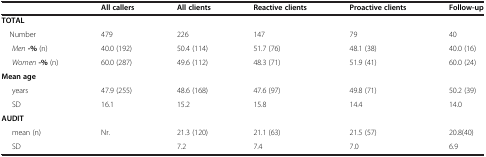
<table><thead><tr><td><b> </b></td><td><b>All callers</b></td><td><b>All clients</b></td><td><b>Reactive clients</b></td><td><b>Proactive clients</b></td><td><b>Follow-up</b></td></tr></thead><tbody><tr><td><b>TOTAL</b></td><td> </td><td> </td><td> </td><td> </td><td> </td></tr><tr><td> Number</td><td>479</td><td>226</td><td>147</td><td>79</td><td>40</td></tr><tr><td><i>Men</i><b>-%</b> (n)</td><td>40.0 (192)</td><td>50.4 (114)</td><td>51.7 (76)</td><td>48.1 (38)</td><td>40.0 (16)</td></tr><tr><td><i>Women</i><b>-%</b> (n)</td><td>60.0 (287)</td><td>49.6 (112)</td><td>48.3 (71)</td><td>51.9 (41)</td><td>60.0 (24)</td></tr><tr><td><b>Mean age</b></td><td> </td><td> </td><td> </td><td> </td><td> </td></tr><tr><td>years</td><td>47.9 (255)</td><td>48.6 (168)</td><td>47.6 (97)</td><td>49.8 (71)</td><td>50.2 (39)</td></tr><tr><td>SD</td><td>16.1</td><td>15.2</td><td>15.8</td><td>14.4</td><td>14.0</td></tr><tr><td><b>AUDIT</b></td><td> </td><td> </td><td> </td><td> </td><td> </td></tr><tr><td>mean (n)</td><td>Nr.</td><td>21.3 (120)</td><td>21.1 (63)</td><td>21.5 (57)</td><td>20.8(40)</td></tr><tr><td>SD</td><td> </td><td>7.2</td><td>7.4</td><td>7.0</td><td>6.9</td></tr></tbody></table>